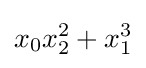
x_{0}x_{2}^{2}+x_{1}^{3}